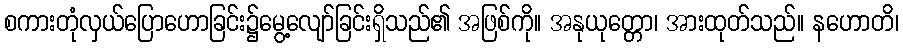
စကားတုံလှယ်ပြောဟောခြင်း၌မွေ့လျော်ခြင်းရှိသည်၏ အဖြစ်ကို။ အနုယုတ္တော၊ အားထုတ်သည်။ နဟောတိ၊